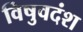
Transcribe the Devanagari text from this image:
विषुवदंश